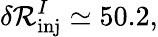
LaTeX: \delta\mathcal{R}_{\mathrm{inj}}^{I}\simeq 50.2,